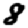
Digit: 8